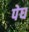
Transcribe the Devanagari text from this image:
पेघ